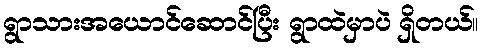
ရွာသားအယောင်ဆောင်ပြီး ရွာထဲမှာပဲ ရှိတယ်။